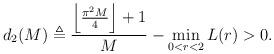
LaTeX: \begin{align*}d_2(M) \triangleq \frac{\left \lfloor \frac{\pi^2M}{4}\right \rfloor+1}{M}- \min_{0< r < 2} {L}(r) > 0.\end{align*}